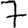
Digit: 7